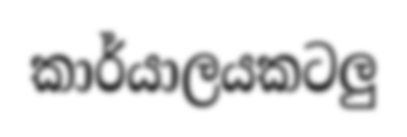
කාර්යාලයකටලු